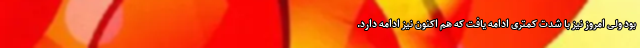
بود ولی امروز نیز با شدت کمتری ادامه یافت که هم اکنون نیز ادامه دارد.